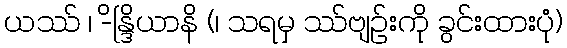
ယဿ် ၊ -ိန္ဒြိယာနိ (၊ သရမှ ဿ်ဗျဉ်းကို ခွင်းထားပုံ)